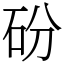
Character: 砏